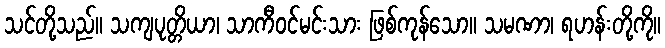
သင်တို့သည်။ သကျပုတ္တိယာ၊ သာကီဝင်မင်းသား ဖြစ်ကုန်သော။ သမဏာ၊ ရဟန်းတို့ကို။